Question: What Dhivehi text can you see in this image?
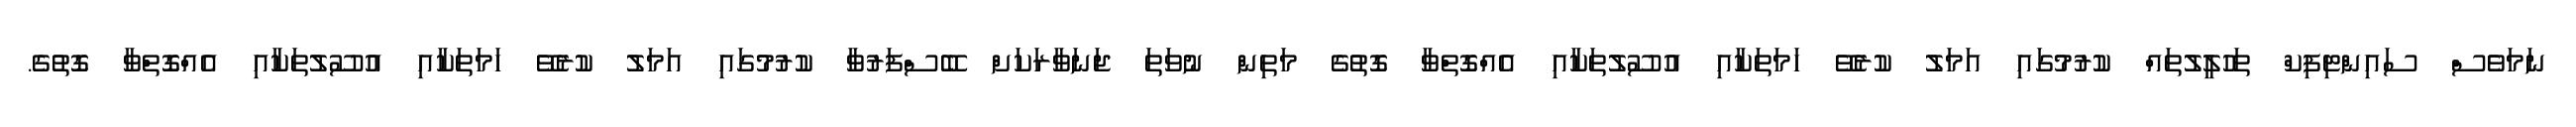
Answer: ނަމަވެސް ސައިންޓިފިކް ތަހުލީލުތައް ކުރުމުގައި އަމަލު ކުރެވޭ ހަމަތަކާއި އުސޫލުތަކާއި އެއްގޮތްވާ ގޮތުގެ މަތިން ނުވަތަ ޖަނަވާރަކަށް ބޭސްފަރުވާ ކުރުމުގައި އަމަލު ކުރެވޭ ހަމަތަކާއި އުސޫލުތަކާއި އެއްގޮތްވާ ގޮތުގެ.